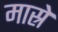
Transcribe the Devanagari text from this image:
मास्रे